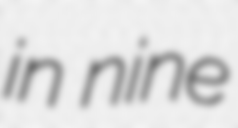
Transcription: in nine